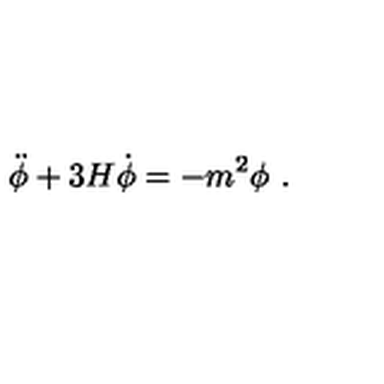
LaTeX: \ddot { \phi } + 3 H \dot { \phi } = - m ^ { 2 } \phi \ .